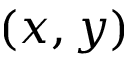
( x , y )